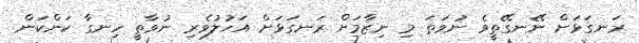
ރަނގަޅަށް ނޭނގޭތީވެ ނުވަތަ މި ނިޒާމަށް ރަނގަޅަށް އަހުލުވެރި ނުވާތީ ހިނގާ ކަންކަން